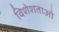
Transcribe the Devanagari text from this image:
विशेशताओ